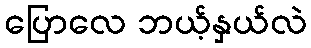
ပြောလေ ဘယ့်နှယ်လဲ